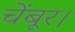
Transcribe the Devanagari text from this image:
चेंबूर।